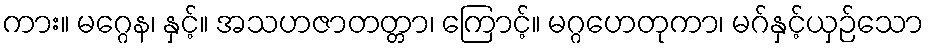
ကား။ မဂ္ဂေန၊ နှင့်။ အသဟဇာတတ္တာ၊ ကြောင့်။ မဂ္ဂဟေတုကာ၊ မဂ်နှင့်ယှဉ်သော